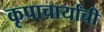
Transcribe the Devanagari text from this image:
कृपाचार्यांची